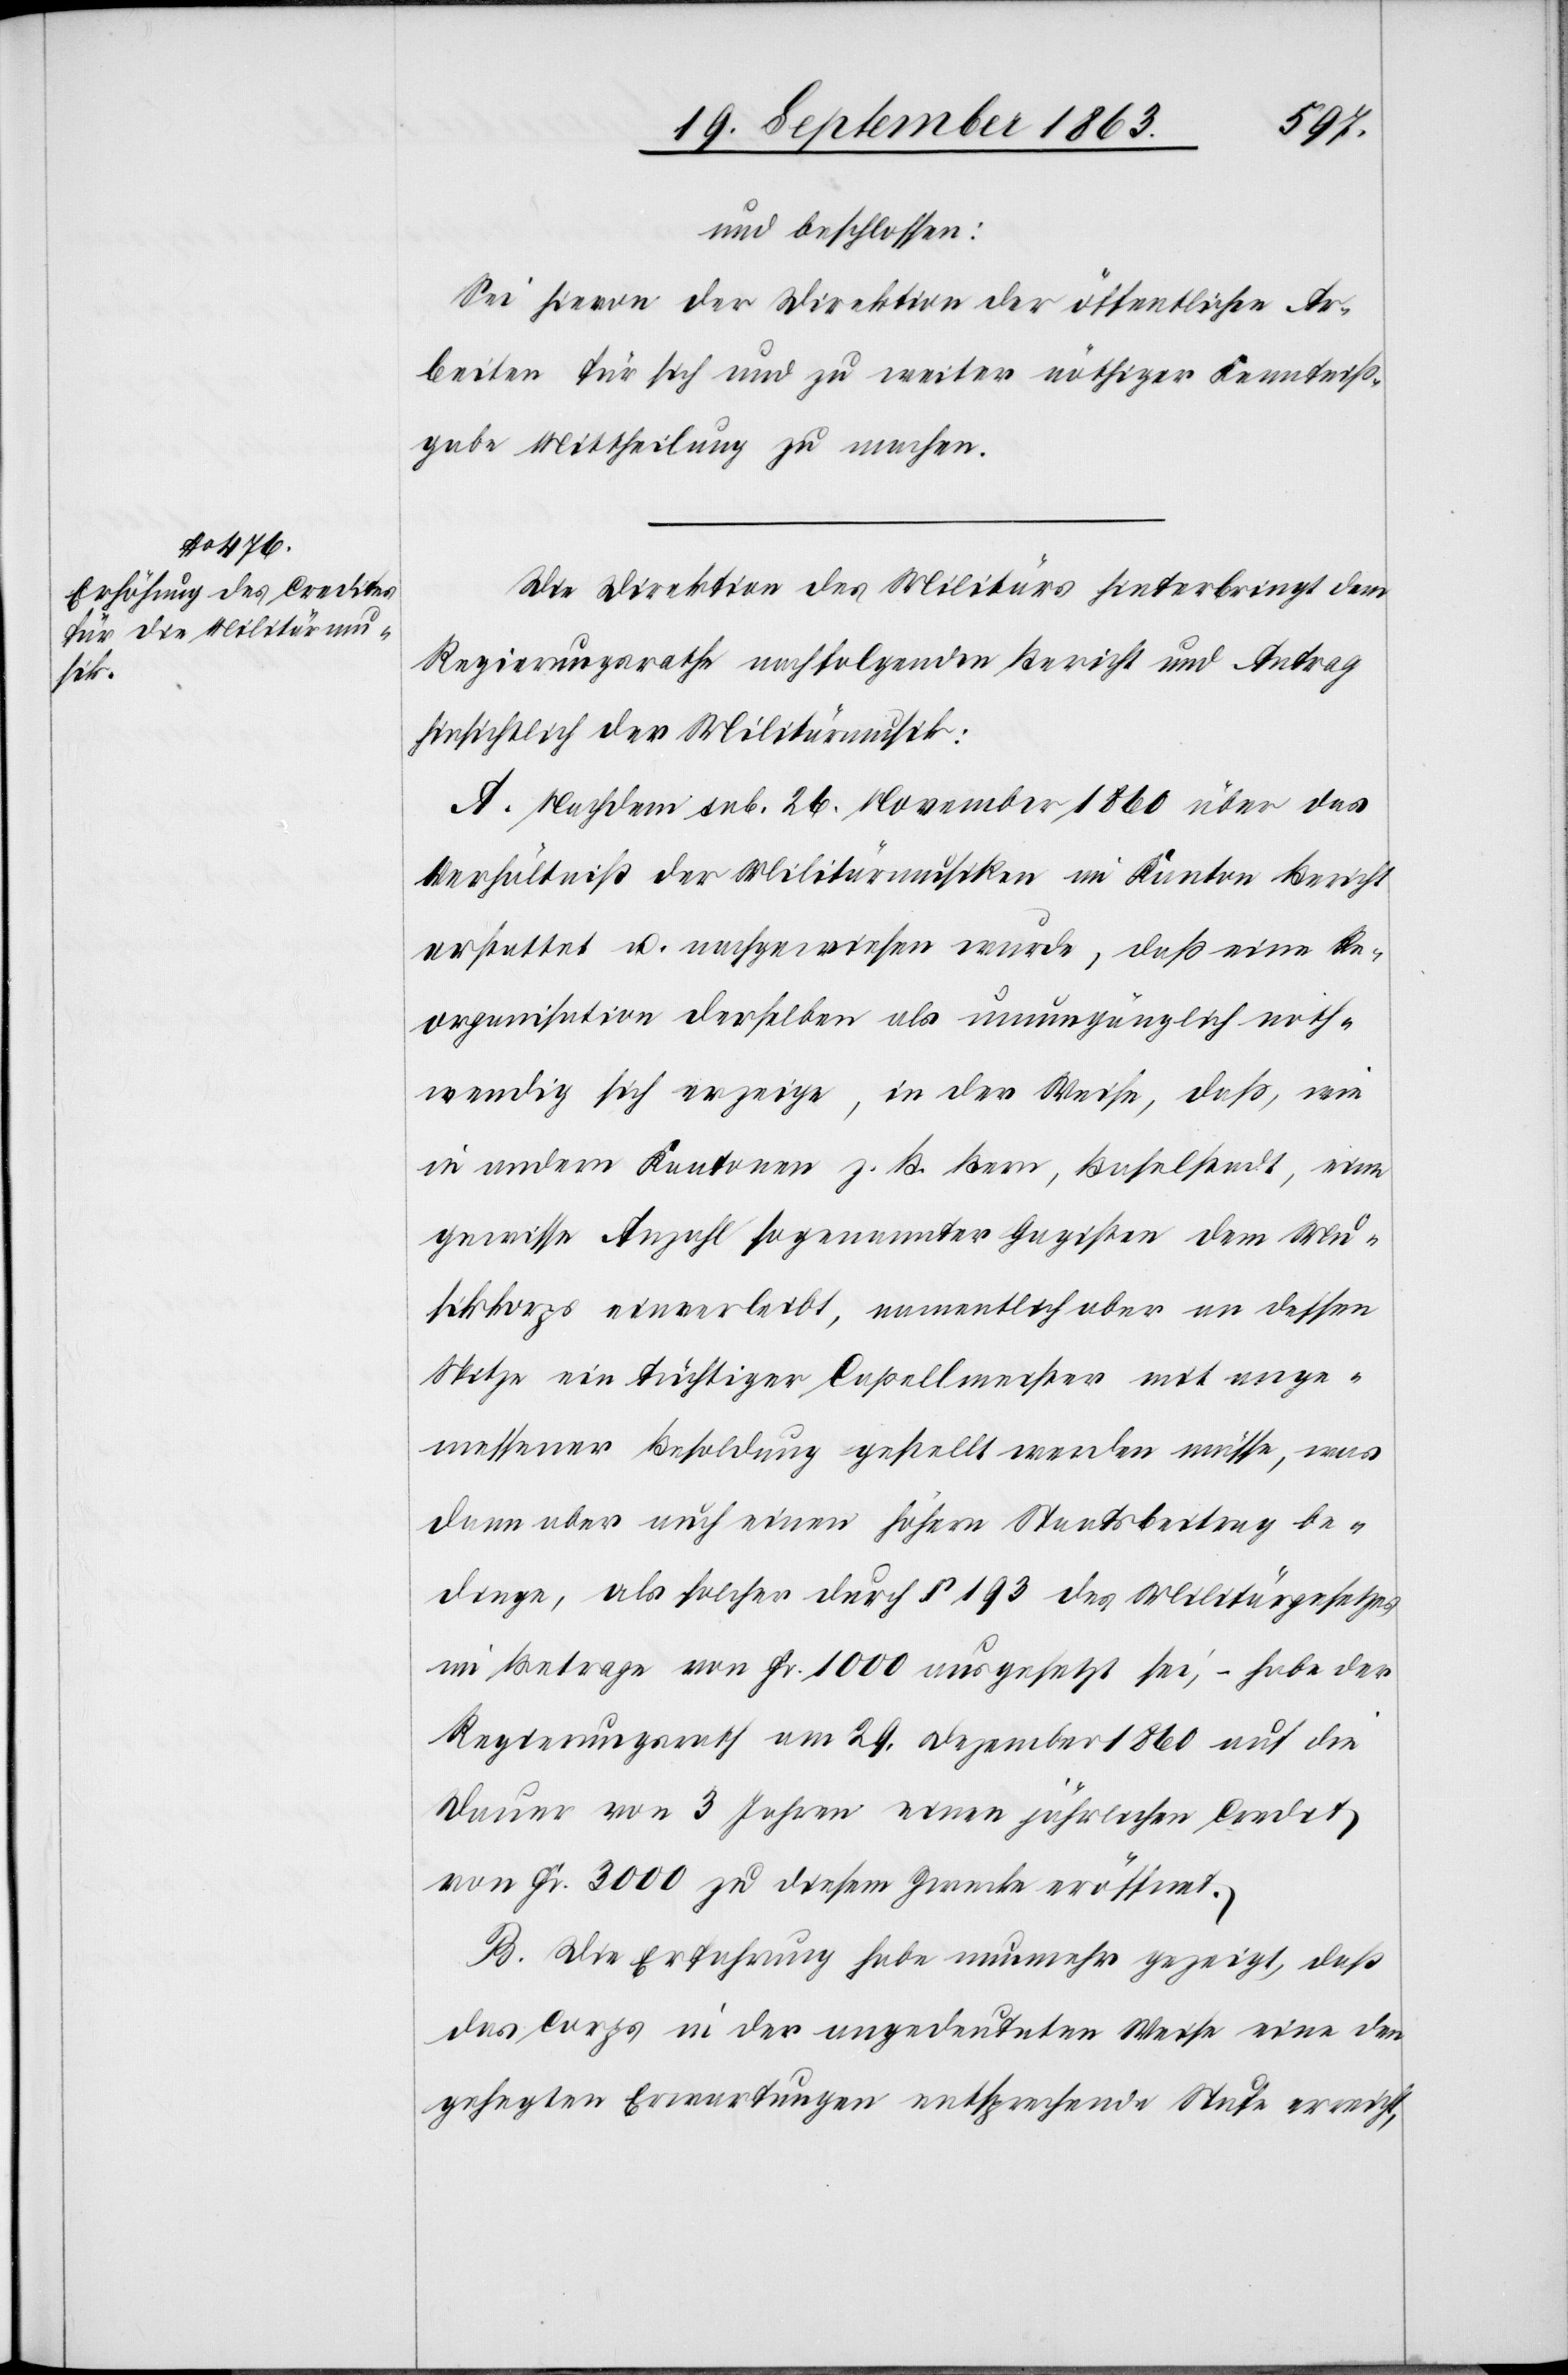
und beschlossen:
Sei hievon der Direktion der öffentlichen Ar¬
beiten für sich und zu weiter nöthiger Kenntniß¬
gabe Mittheilung zu machen.
Die Direktion des Militärs hinterbringt dem
Regierungsrathe nachfolgenden Bericht und Antrag
hinsichtlich der Militärmusik:
A. Nachdem sub. 26. November 1860 über das
Verhältniß der Militärmusiken im Kanton Bericht
erstattet u. nachgewiesen wurde, daß eine Re¬
organisation derselben als unumgänglich noth¬
wendig sich erzeige, in der Weise, daß, wie
in andern Kantonen z. B. Bern, Baselstadt, eine
gewisse Anzahl sogenannter Gagisten dem Mu¬
sikkorps einverleibt, namentlich aber an dessen
Spitze ein tüchtiger Capellmeister mit ange¬
messener Besoldung gestellt werden müsse, was
dann aber auch einen höhern Staatsbeitrag be¬
dinge, als solcher durch § 193 des Militärgesetzes
im Betrage von Fr. 1000 ausgesetzt sei, – habe der
Regierungsrath am 29. Dezember 1860 auf die
Dauer von 3 Jahren einen jährlichen Credit
von Fr. 3000 zu diesem Zwecke eröffnet.
B. Die Erfahrung habe nunmehr gezeigt, daß
das Corps in der angedeuteten Weise eine den
gehegten Erwartungen entsprechende Stufe erreicht,